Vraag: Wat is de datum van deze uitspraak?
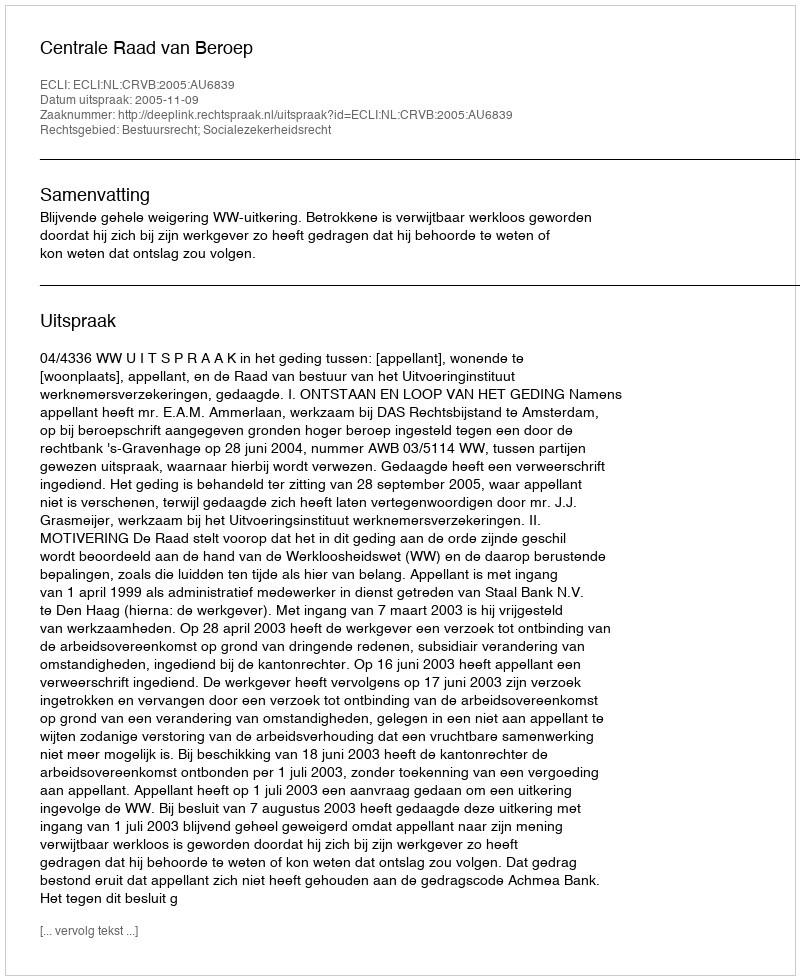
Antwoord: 2005-11-09